Tezpur Lunatic Asylum reports 1877-1894 - 1877-1894
Year: 1877
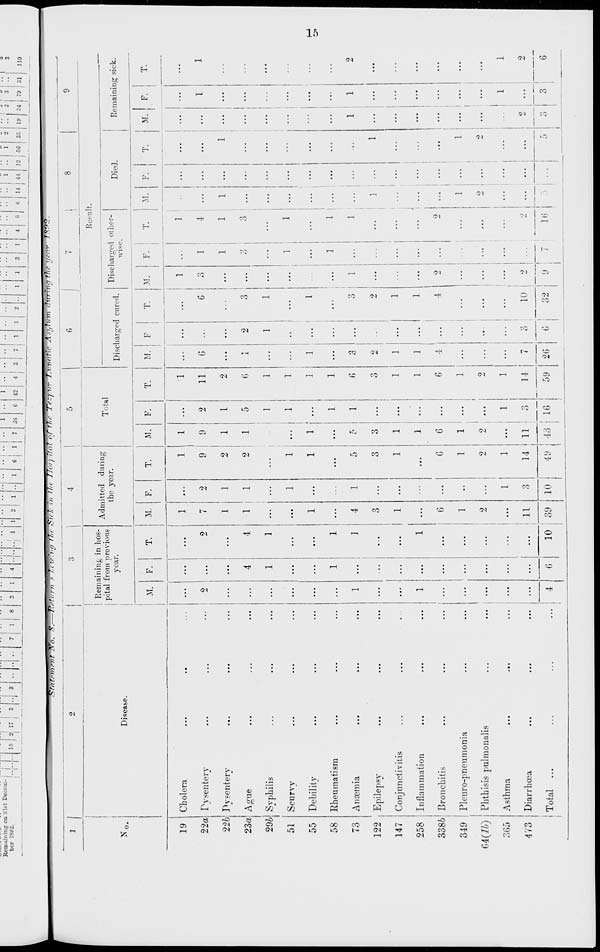
Remaining on :Slst Decem-
ber
I
15 2
7
1
8 I 3
1 I 4
1 I ll 2
6 I 1 I 7
1
36
6
1
42
4
.|,
1
1
2
1
1
3
1
4
8
6 14 41
" 1 " l I " 2
12 ."G 3o 19
2
3
79
•■ 1
31
!To.
-&Tawmem IXO. s.—tint WfP^TT !?■ ^ 7 ."/- />■ • T7<->/ •.'.-? rftlr Tr-r-"" T.vnnlir A.* ?l h,m 'Ivrhiall.- —• 7">'
9
3
110
No.
19
22a
226
Cbolera
Dysentery
Pvsenterv
23a| Ai*ue
296J Syphilis
51 Scurvy
55 Debility
58 Rheumatism
73 Anaemia
122 Epilepsy
147 Conjunctivitis
258 Inflammation
3386 Bronchitis
Disease.
349 : Pleuro-pneumonia
04(76)
365
473
Phthisis pulmonalis
Asthma
Diarrhoea
Total ...
Remaining in hos-
pital from previous
year.
M.
Admitted during
the year.
Total
T.
M. F.
T.
1 i 1
4
3
10
6
11
39
2
D
3
1
6
1
10
49
M.
1
1
1
0
1
.. I 1
1
1
6
1
1
1
14 ! 11 ! O
43 I 16
Result.
Discharged cured.
Discharged other-
wise.
1
11
2
6
1
1
1
1
6
o
O
1
1
6
1
2
1
M.
3
2
1
1
4
14 I 7
59 26
2
1
O
G
M. I F.
3
3 I 1
2
1
1
4
10
3
Died.
Remaining sick.
T.
jr. F.
1 I
4
1
3
1
9
16
M.
,i
F.
i
9
V